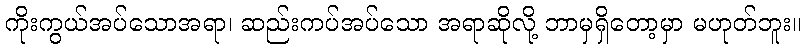
ကိုးကွယ်အပ်သောအရာ၊ ဆည်းကပ်အပ်သော အရာဆိုလို့ ဘာမှရှိတော့မှာ မဟုတ်ဘူး။